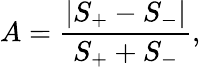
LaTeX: A=\frac{\left|S_{+}-S_{-}\right|}{S_{+}+S_{-}},